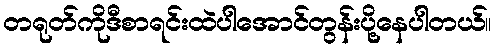
တရုတ်ကိုဒီစာရင်းထဲပါအောင်တွန်းပို့နေပါတယ်။